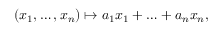
( x _ { 1 } , \ldots , x _ { n } ) \mapsto a _ { 1 } x _ { 1 } + \ldots + a _ { n } x _ { n } ,